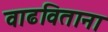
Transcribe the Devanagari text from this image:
वाढविताना